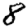
Digit: 8